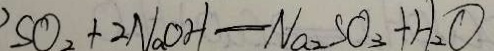
S O _ { 2 } + 2 N a O H = N _ { 2 } S O _ { 3 } + H _ { 2 } O